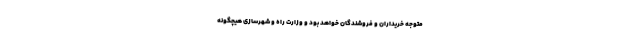
متوجه خریداران و فروشندگان خواهد بود و وزارت راه و شهرسازی هیچگونه